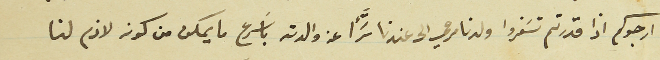
ارجوكم اذا قدرتم تسَفروا ولدنا مرعي الى عندنا سَرًا عن والدته باسَرع ما يمكن من كون لازم لنا